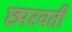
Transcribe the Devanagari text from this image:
छ्परवर्ती